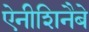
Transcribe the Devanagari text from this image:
ऐनीशिनैबे